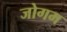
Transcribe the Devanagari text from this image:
जोगम